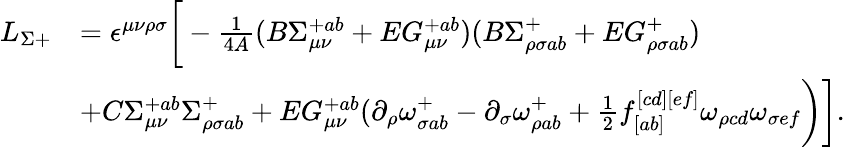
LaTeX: \begin{array}{ll}{{L_{\Sigma+}}}&{{=\epsilon^{\mu\nu\rho\sigma}\bigg[-\frac{1}{4A}(B\Sigma_{\mu\nu}^{+ab}+EG_{\mu\nu}^{+ab})(B\Sigma_{\rho\sigma ab}^{+}+EG_{\rho\sigma ab}^{+})}}\\ {{}}&{{+C\Sigma_{\mu\nu}^{+ab}\Sigma_{\rho\sigma ab}^{+}+EG_{\mu\nu}^{+ab}(\partial_{\rho}\omega_{\sigma ab}^{+}-\partial_{\sigma}\omega_{\rho ab}^{+}+{\frac{1}{2}}f_{[ab]}^{[cd][ef]}\omega_{\rho cd}\omega_{\sigma ef}\bigg)\bigg].}}\end{array}